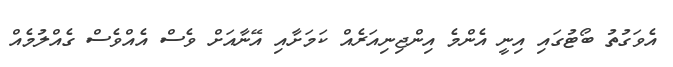
އެވަގުތު ބޯޓުގައި އިނީ އެންމެ އިންޖިނިއަރެއް ކަމަށާއި އޭނާއަށް ވެސް އެއްވެސް ގެއްލުމެއް